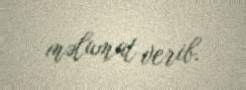
məlumat verib.